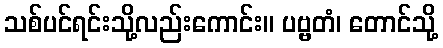
သစ်ပင်ရင်းသို့လည်းကောင်း။ ပဗ္ဗတံ၊ တောင်သို့